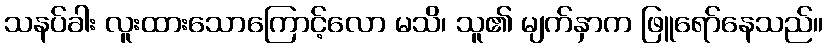
သနပ်ခါး လူးထားသောကြောင့်လော မသိ၊ သူ၏ မျက်နှာက ဖြူရော်နေသည်။